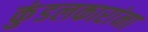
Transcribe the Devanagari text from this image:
कुंडलकारांना